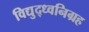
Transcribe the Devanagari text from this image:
विद्युद्ध्वनिग्रह